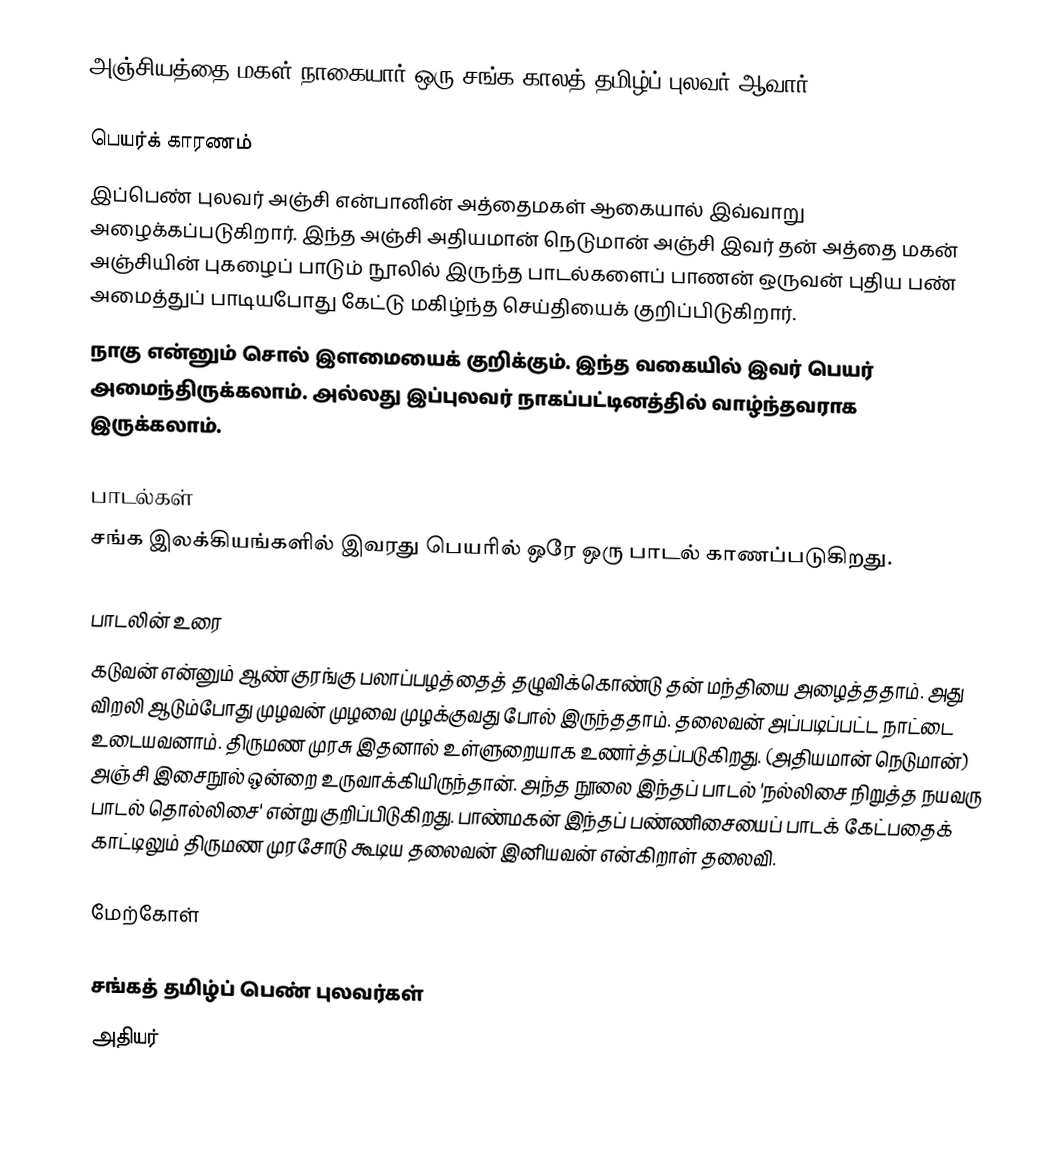
அஞ்சியத்தை மகள் நாகையார் ஒரு சங்க காலத் தமிழ்ப் புலவர் ஆவார்.

பெயர்க் காரணம்
 இப்பெண் புலவர் அஞ்சி என்பானின் அத்தைமகள் ஆகையால் இவ்வாறு அழைக்கப்படுகிறார். இந்த அஞ்சி அதியமான் நெடுமான் அஞ்சி இவர் தன் அத்தை மகன் அஞ்சியின் புகழைப் பாடும் நூலில் இருந்த பாடல்களைப் பாணன் ஒருவன் புதிய பண் அமைத்துப் பாடியபோது கேட்டு மகிழ்ந்த செய்தியைக் குறிப்பிடுகிறார்.
 நாகு என்னும் சொல் இளமையைக் குறிக்கும். இந்த வகையில் இவர் பெயர் அமைந்திருக்கலாம். அல்லது இப்புலவர் நாகப்பட்டினத்தில் வாழ்ந்தவராக இருக்கலாம்.

பாடல்கள்
சங்க இலக்கியங்களில் இவரது பெயரில் ஒரே ஒரு பாடல் காணப்படுகிறது.

பாடலின் உரை
கடுவன் என்னும் ஆண் குரங்கு பலாப்பழத்தைத் தழுவிக்கொண்டு தன் மந்தியை அழைத்ததாம். அது விறலி ஆடும்போது முழவன் முழவை முழக்குவது போல் இருந்ததாம். தலைவன் அப்படிப்பட்ட நாட்டை உடையவனாம். திருமண முரசு இதனால் உள்ளுறையாக உணர்த்தப்படுகிறது. (அதியமான் நெடுமான்) அஞ்சி இசைநூல் ஒன்றை உருவாக்கியிருந்தான். அந்த நூலை இந்தப் பாடல் 'நல்லிசை நிறுத்த நயவரு பாடல் தொல்லிசை' என்று குறிப்பிடுகிறது. பாண்மகன் இந்தப் பண்ணிசையைப் பாடக் கேட்பதைக் காட்டிலும் திருமண முரசோடு கூடிய தலைவன் இனியவன் என்கிறாள் தலைவி.

மேற்கோள்

சங்கத் தமிழ்ப் பெண் புலவர்கள்
அதியர்